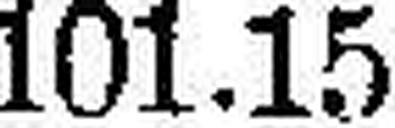
101.15